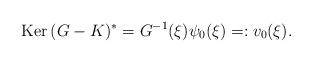
LaTeX: \begin{align*}\mathrm{Ker} \, (G-K)^\ast = G^{-1}(\xi) \psi_0(\xi) =: v_0(\xi).\end{align*}